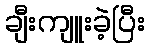
ချီးကျူးခဲ့ပြီး